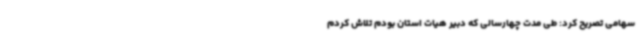
سهامی تصریح کرد: طی مدت چهارسالی که دبیر هیات استان بودم تلاش کردم